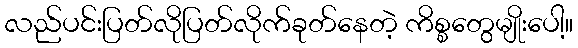
လည်ပင်းပြတ်လိုပြတ်လိုက်ခုတ်နေတဲ့ ကိစ္စတွေမျိုးပေါ့။